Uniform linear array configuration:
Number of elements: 16
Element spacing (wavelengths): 0.25
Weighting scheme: kaiser
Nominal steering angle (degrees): -15
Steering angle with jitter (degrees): -13.938
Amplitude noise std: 0.05
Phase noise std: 0.05

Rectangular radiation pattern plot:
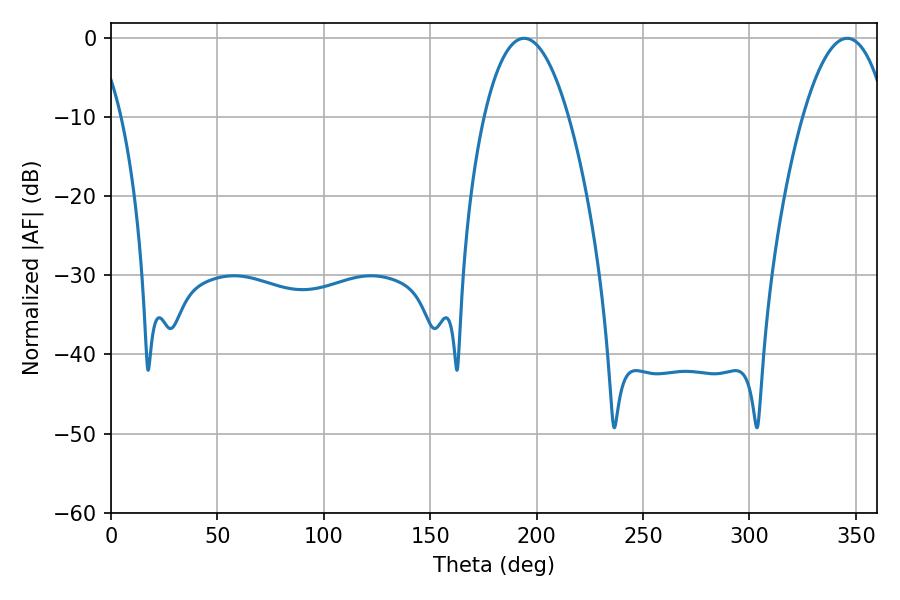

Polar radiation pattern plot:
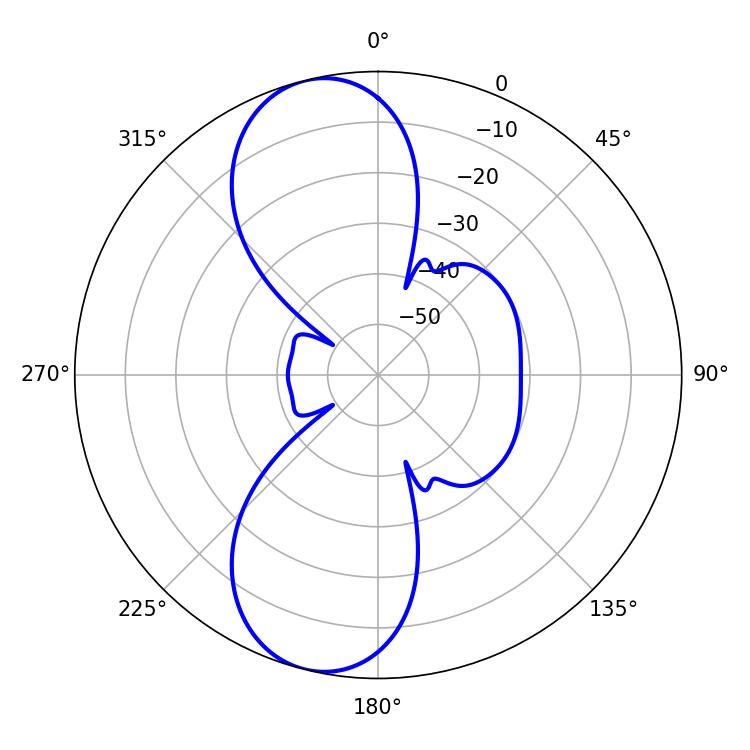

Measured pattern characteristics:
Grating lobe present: FALSE
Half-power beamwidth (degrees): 21.96
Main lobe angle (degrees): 194.04